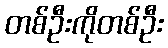
တစ်ဦးကိုတစ်ဦး